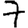
Digit: 7